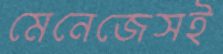
মেনেজেসই